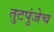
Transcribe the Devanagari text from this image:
तुटपुंजेच